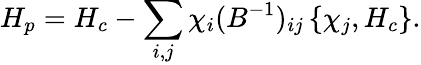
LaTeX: H_{p}=H_{c}-\sum_{i,j}\chi_{i}(B^{-1})_{ij}\left\{ \chi_{j},H_{c}\right\} .